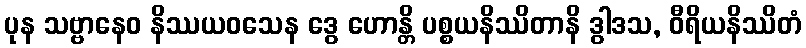
ပုန သဗ္ဗာနေဝ နိဿယဝသေန ဒွေ ဟောန္တိ ပစ္စယနိဿိတာနိ ဒွါဒသ, ဝီရိယနိဿိတံ